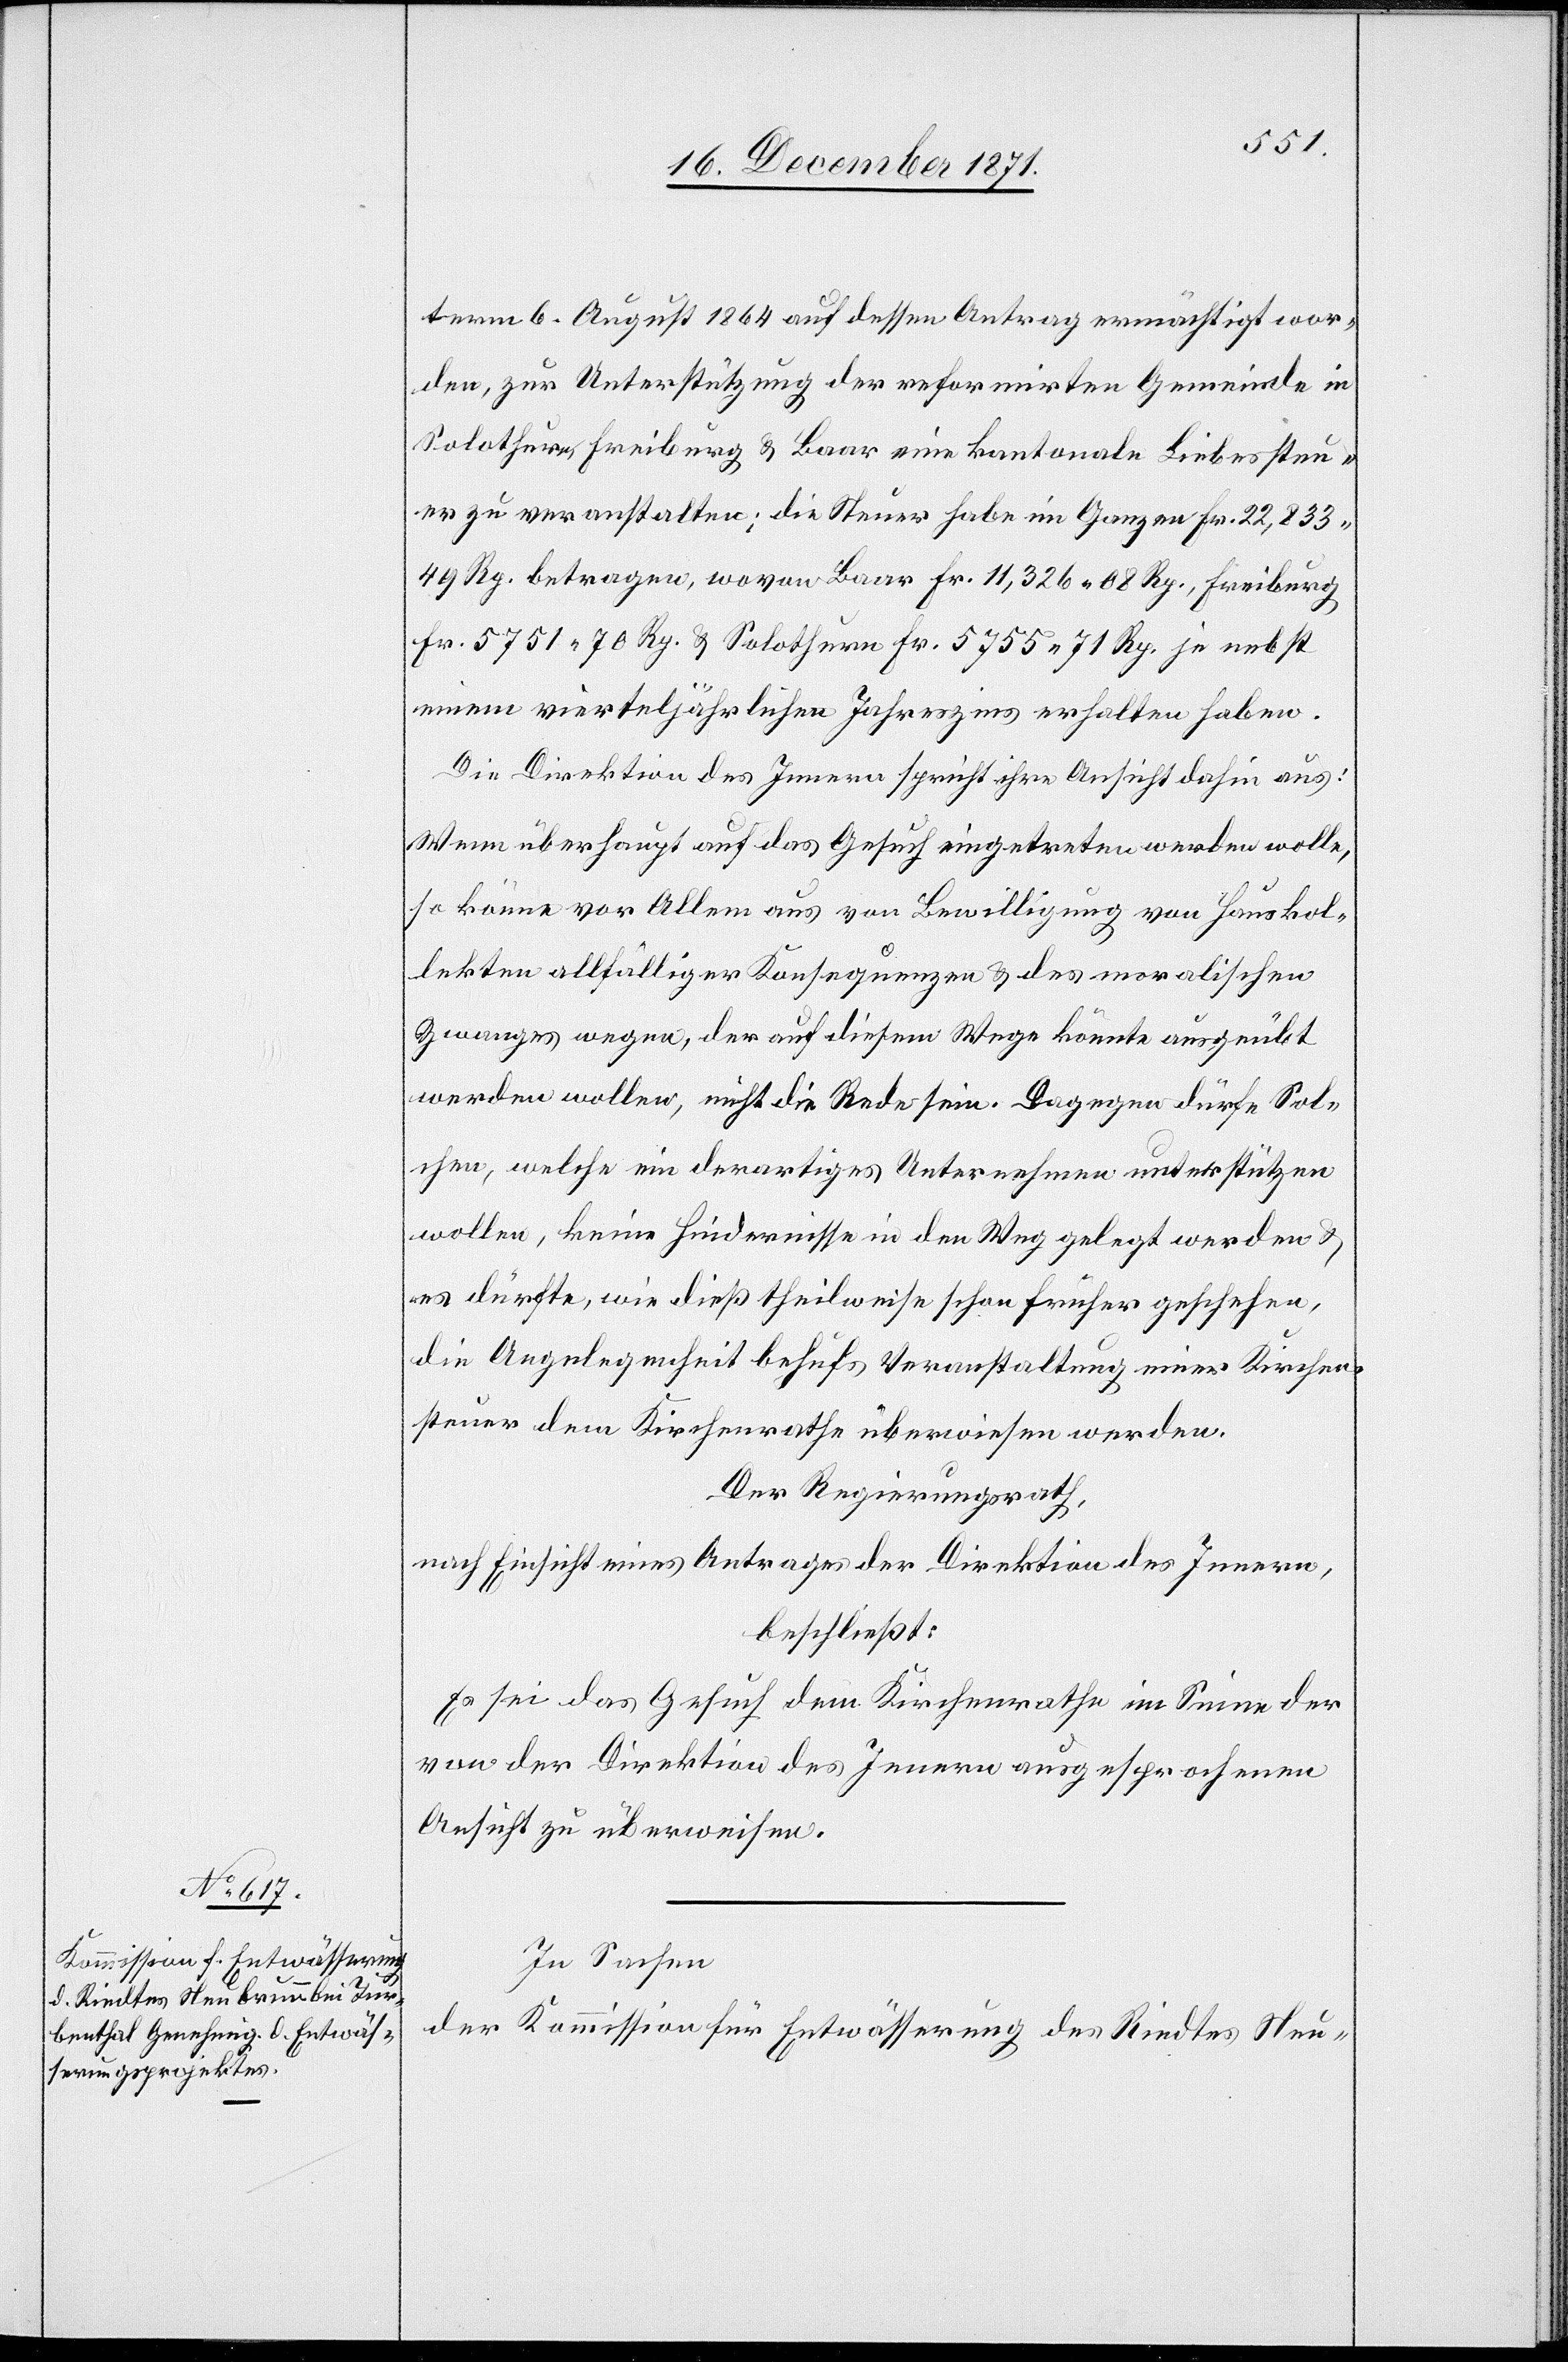
term 6. August 1864 auf dessen Antrag ermächtigt wor¬
den, zur Unterstützung der reformirten Gemeinde[n] in
Solothurn, Freiburg & Baar eine kantonale Liebessteu¬
er zu veranstalten; die Steuer habe im Ganzen Fr. 22,833.
49 Rp. betragen, wovon Baar Fr. 11,326. 08 Rp.[,] Freiburg
Fr. 5751. 70 Rp. & Solothurn Fr. 5755. 71 Rp. je nebst
einem vierteljährlichen Jahreszins erhalten haben.
Die Direktion des Innern spricht ihre Ansicht dahin aus:
Wenn überhaupt auf das Gesuch eingetreten werden wolle,
so könne vor Allem aus von Bewilligung von Hauskol¬
lekten allfälliger Konsequenzen & des moralischen
Zwanges wegen, der auf diesem Wege könnte ausgeübt
werden wollen, nicht die Rede sein. Dagegen dürfe Sol¬
chen, welche ein derartiges Unternehmen unterstützen
wollen, keine Hindernisse in den Weg gelegt werden &
es dürfte, wie dieß theilweise schon früher geschehen,
die Angelegenheit behufs Veranstaltung einer Kirchen¬
steuer dem Kirchenrathe überwiesen werden.
Der Regierungsrath,
nach Einsicht eines Antrages der Direktion des Innern,
beschließt:
Es sei das Gesuch dem Kirchenrathe im Sinne der
von der Direktion des Innern ausgesprochenen
Ansicht zu überweisen.
In Sachen
der Kommission für Entwässerung des Rindtes Neu-